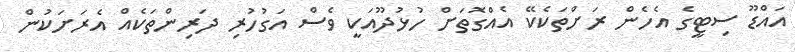
އައްޑޫ ސިޓީގެ އެހެން ރަށްތަކެކޭ އެއްގޮތަށް ހުޅުދޫއަކީ ވެސް އަގުހުރި ދަރިންތަކެއް އެރަށަކުން